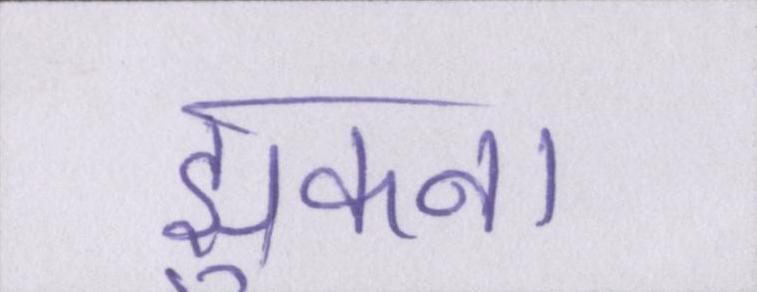
झुकना